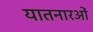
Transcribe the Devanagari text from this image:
यातनारओं